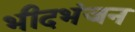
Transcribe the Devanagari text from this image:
भीदभंजन